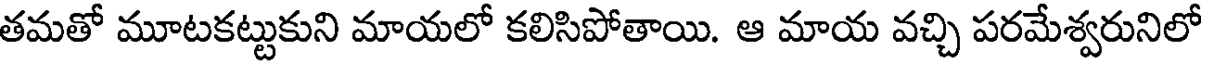
తమతో మూటకట్టుకుని మాయలో కలిసిపోతాయి. ఆ మాయ వచ్చి పరమేశ్వరునిలో